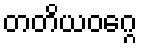
တတိယဝဂ္ဂေ